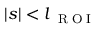
| s | < l _ { \mathrm { ~ \tiny ~ R ~ O ~ I ~ } }